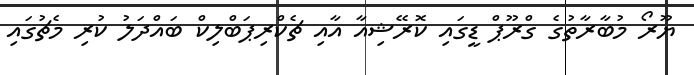
ޔޫރޯ މުބާރާތުގެ ގްރޫޕް ޑީގައި ކޮރޭޝިއާ އާއި ޗެކްރިޕަބްލިކް ބައްދަލު ކުރި މެޗުގައި